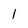
Character: 1